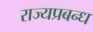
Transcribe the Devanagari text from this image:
राज्यप्रबन्ध